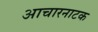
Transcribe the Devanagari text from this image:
आचारनाटक